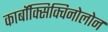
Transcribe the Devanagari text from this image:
कार्बॉक्सिक्विनोलोन